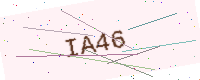
Text: IA46